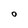
Character: O